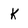
Character: k